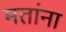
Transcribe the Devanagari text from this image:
मतांना